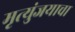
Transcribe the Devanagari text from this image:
मृत्युंजयाचा